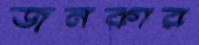
জনকার